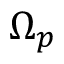
\Omega _ { p }